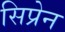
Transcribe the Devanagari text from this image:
सिप्रेन